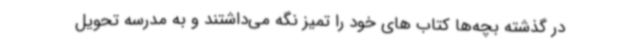
در گذشته بچه‌ها کتاب های خود را تمیز نگه می‌داشتند و به مدرسه تحویل